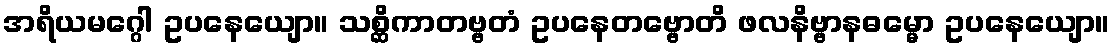
အရိယမဂ္ဂေါ ဥပနေယျော။ သစ္ဆိကာတဗ္ဗတံ ဥပနေတဗ္ဗောတိ ဖလနိဗ္ဗာနဓမ္မော ဥပနေယျော။